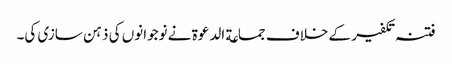
فتنہ تکفیر کے خلاف جماعة الدعوة نے نوجوانوں کی ذہن سازی کی۔